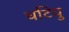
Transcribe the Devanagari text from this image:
चटियु